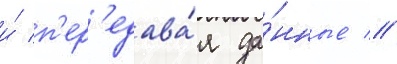
и́ п'ер'едава́я да́нные //